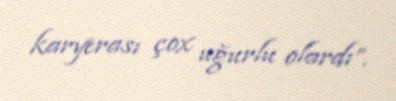
karyerası çox uğurlu olardı”.